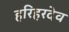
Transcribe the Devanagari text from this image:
हरिहरदेव